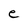
Character: e